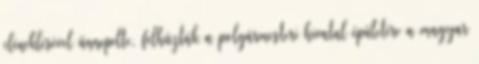
eléneklésével ünnepelte, felhúzták a polgármesteri hivatal épületére a magyar